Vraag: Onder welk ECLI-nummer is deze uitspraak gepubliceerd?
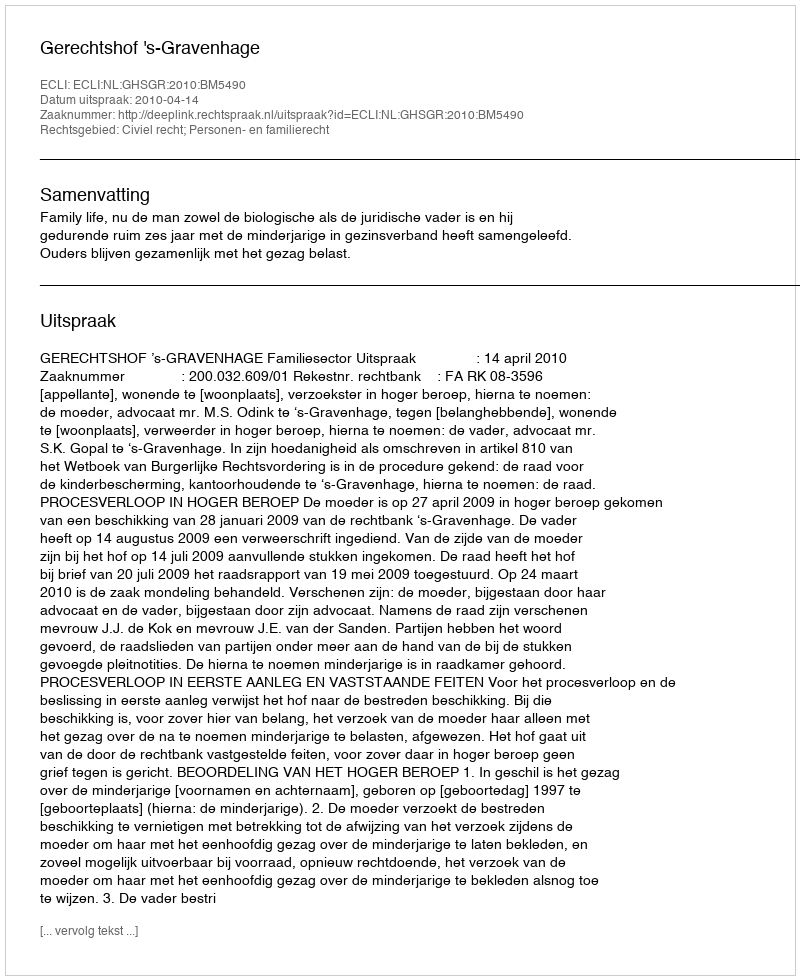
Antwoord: ECLI:NL:GHSGR:2010:BM5490